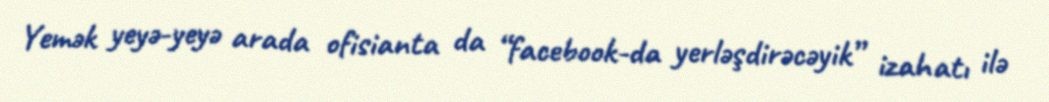
Yemək yeyə-yeyə arada ofisianta da “facebook-da yerləşdirəcəyik” izahatı ilə